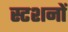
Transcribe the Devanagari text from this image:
स्टशनों